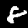
Label: 8